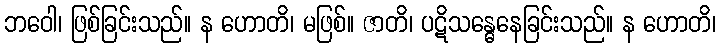
ဘဝေါ၊ ဖြစ်ခြင်းသည်။ န ဟောတိ၊ မဖြစ်။ ဇာတိ၊ ပဋိသန္ဓေနေခြင်းသည်။ န ဟောတိ၊